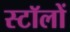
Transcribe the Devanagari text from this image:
स्टॉलों